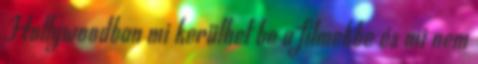
Hollywoodban mi kerülhet be a filmekbe és mi nem